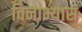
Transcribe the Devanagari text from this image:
विनाभ्यासं